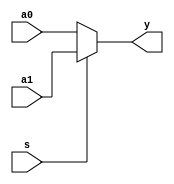
`timescale 1ns / 1ps

module mux2x5(
    input [4:0] a0,
    input [4:0] a1,
    input s,
    output [4:0] y
);
    assign y = s ? a1 : a0;
endmodule